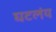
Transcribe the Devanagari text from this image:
घटलंय